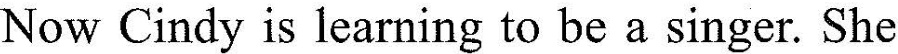
Now Cindy is learning to be a singer. She